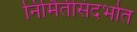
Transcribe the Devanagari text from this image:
निर्मितीसंदर्भात